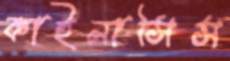
কাইনাসিস